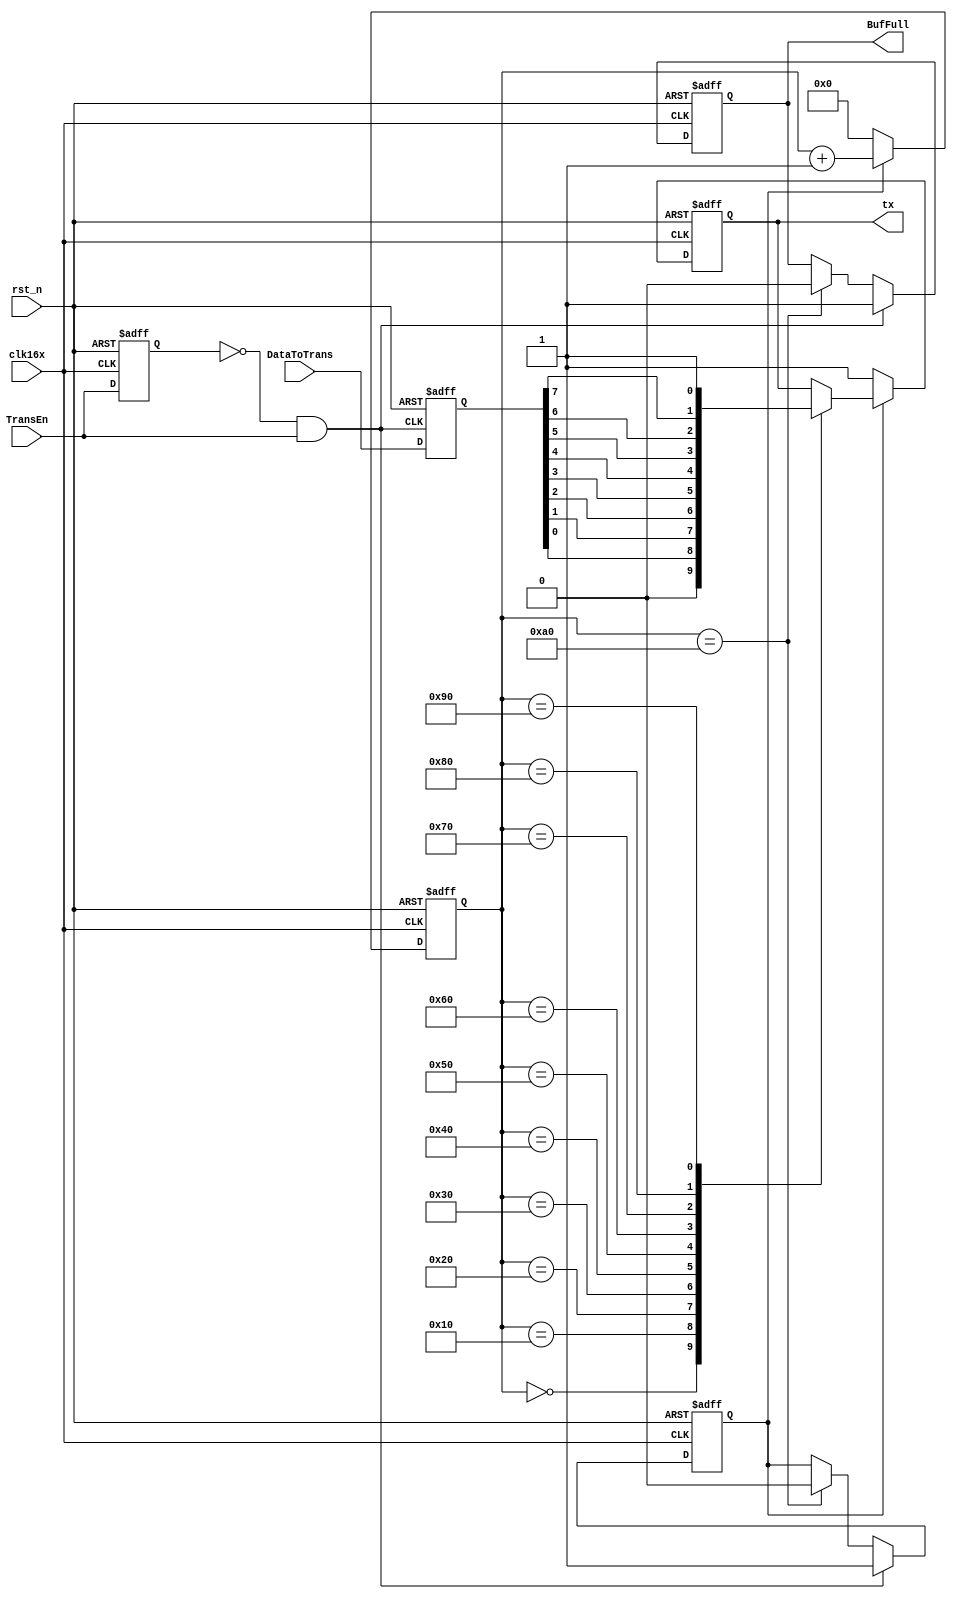
module send(input               
		clk16x,       /*       transmit clock,16115200                 */
     input               rst_n,        /*        glabol reset signal                     */
     input               TransEn,      /*            transmit enable                     */
     input [7:0]         DataToTrans,  /*        Data prepared for transmitting          */
    
     output reg          BufFull,      /*       Data buffer is full                      */
     output reg          tx            /*           serial data out                      */
);

/*    capture the rising edge of TransEn    */
reg TransEn_r;
wire pos_tri;
always@(posedge clk16x or negedge rst_n)
begin
    if(!rst_n)
        TransEn_r <= 1'b0;
    else
        TransEn_r <= TransEn;
end
assign pos_tri = ~TransEn_r & TransEn;

/*
*    when the rising edge of DataEn comes up, load the Data to buffer
*/
reg [7:0] ShiftReg;
always@(posedge pos_tri or negedge rst_n)
begin
    if(!rst_n)
        ShiftReg <= 8'b0;
    else
        ShiftReg <= DataToTrans;
end
//----------------------------------------------    
/*     counter control      */
reg cnt_en;
always@(posedge clk16x or negedge rst_n)
begin
    if(!rst_n)
        begin
            cnt_en  <= 1'b0;
            BufFull <= 1'b0;
        end
    else if(pos_tri==1'b1)
        begin
            cnt_en  <=1'b1;
            BufFull <=1'b1;
        end
    else if(cnt==8'd160)
        begin
            cnt_en<=1'b0;
            BufFull <=1'b0;
        end
end

//---------------------------------------------
/*      counter module        */
reg [7:0] cnt; 
always@(posedge clk16x or negedge rst_n)
begin
    if(!rst_n)
        cnt<=8'd0;
    else if(cnt_en)
        cnt<=cnt+1'b1;
    else
        cnt<=8'd0;
end

//---------------------------------------------
/*      transmit module        */

always@(posedge clk16x or negedge rst_n)
begin
    if(!rst_n)
        begin
            tx <= 1'b1;
        end
    else if(cnt_en)
        case(cnt)
            8'd0   :  tx <= 1'b0;
            8'd16  :  tx <= ShiftReg[0];
            8'd32  :  tx <= ShiftReg[1];
            8'd48  :  tx <= ShiftReg[2];
            8'd64  :  tx <= ShiftReg[3];
            8'd80  :  tx <= ShiftReg[4];
            8'd96  :  tx <= ShiftReg[5];
            8'd112 :  tx <= ShiftReg[6];
            8'd128 :  tx <= ShiftReg[7];
            8'd144 :  tx <= 1'b1;
        endcase
    else
        tx <= 1'b1;
end

endmodule